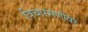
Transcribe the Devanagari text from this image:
विचारसणीवर